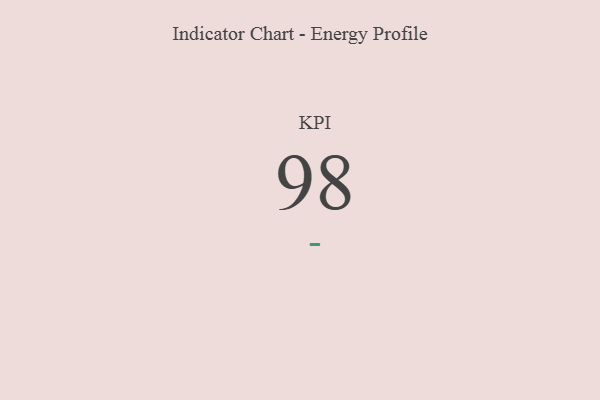
{"axis": {"x": "KPI", "y": "Value"}, "legend": [""], "data": [{"x": "KPI", "y": 98, "type": ""}]}